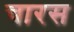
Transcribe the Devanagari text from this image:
चारस